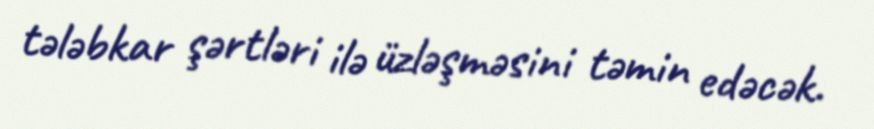
tələbkar şərtləri ilə üzləşməsini təmin edəcək.